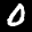
Label: 0